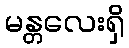
မန္တလေးရှိ